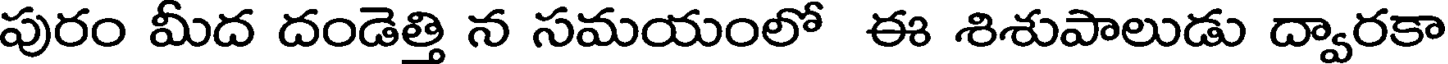
పురం మీద దండెత్తి న సమయంలో ఈ శిశుపాలుడు ద్వారకా